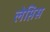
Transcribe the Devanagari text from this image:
लेप्तिस